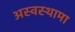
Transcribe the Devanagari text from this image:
अस्वस्थामा